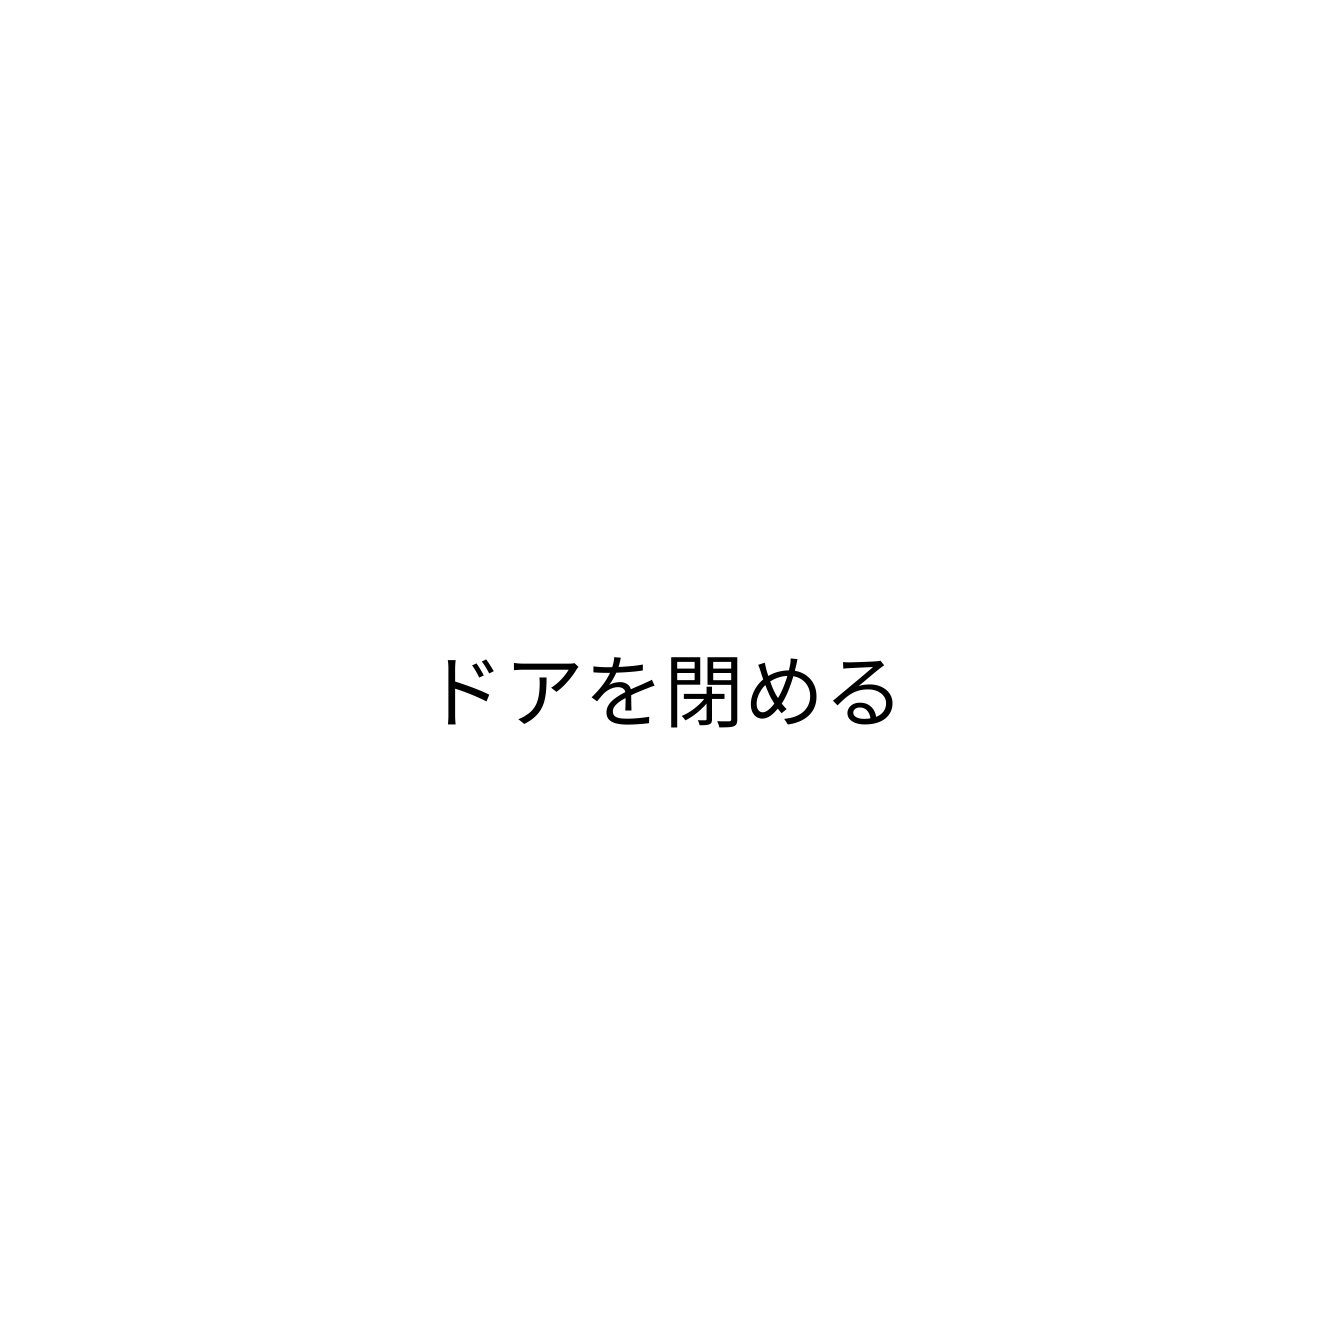
ドアを閉める